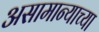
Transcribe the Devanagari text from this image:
असामान्याच्या